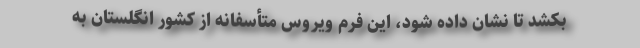
بکشد تا نشان داده شود، این فرم ویروس متأسفانه از کشور انگلستان به